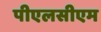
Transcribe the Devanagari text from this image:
पीएलसीएम